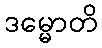
ဒမ္မောတိ